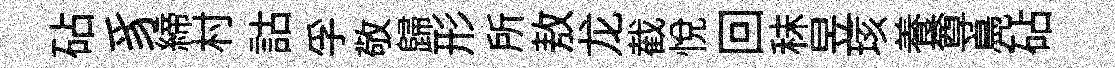
砧豸締村詁孚敬歸形所敖龙截悅回秣昱垓養尊鳧砧